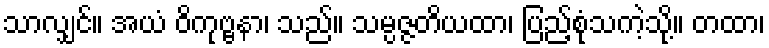
သာလျှင်။ အယံ ဝိကုဗ္ဗနာ၊ သည်။ သမ္ပဇ္ဇတိယထာ၊ ပြည့်စုံသကဲ့သို့။ တထာ၊